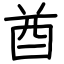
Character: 酋